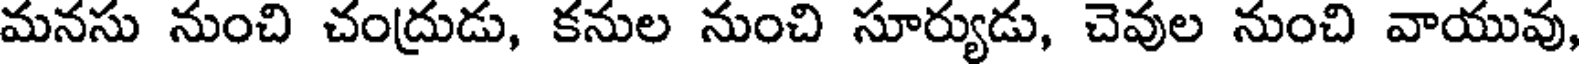
మనసు నుంచి చంద్రుడు, కనుల నుంచి సూర్యుడు, చెవుల నుంచి వాయువు,